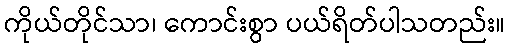
ကိုယ်တိုင်သာ၊ ကောင်းစွာ ပယ်ရိတ်ပါသတည်း။